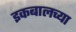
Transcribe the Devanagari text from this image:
इकबालच्या